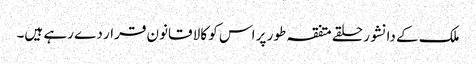
ملک کے دانشور حلقے متفقہ طور پر اس کو کالا قانون قرار دے رہے ہیں۔